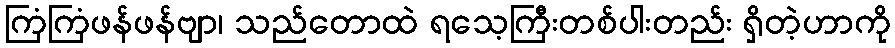
ကြံကြံဖန်ဖန်ဗျာ၊ သည်တောထဲ ရသေ့ကြီးတစ်ပါးတည်း ရှိတဲ့ဟာကို